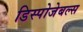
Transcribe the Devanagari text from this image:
डिस्पोजेबल्स